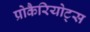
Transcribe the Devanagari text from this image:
प्रोकैरियोट्स